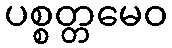
ပစ္စတ္တမေဝ